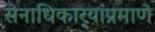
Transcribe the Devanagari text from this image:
सेनाधिकार्‍यांप्रमाणे